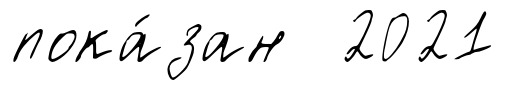
пока́зан 2021